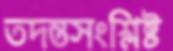
তদন্তসংশ্লিষ্ট